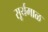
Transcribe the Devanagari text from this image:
सूर्यमाळ